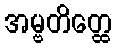
အမ္ဗတိတ္ထေ